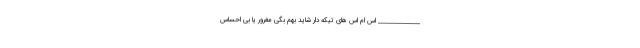
______________ اس ام اس های تیکه دار شاید بهم بگى مغرور یا بی احساس